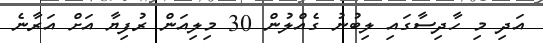
އަދި މި ހާދިސާގައި ލިބުނު ގެއްލުން 30 މިލިއަން ރުފިޔާ އަށް އަރާނެ